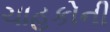
ચાહકોની